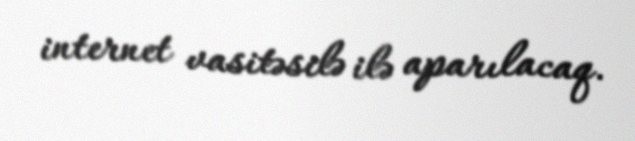
internet vasitəsilə ilə aparılacaq.